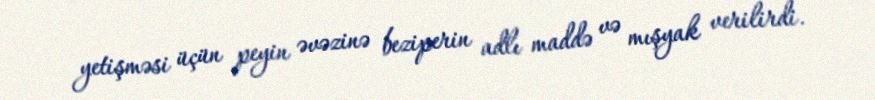
yetişməsi üçün peyin əvəzinə beziperin adlı maddə və mışyak verilirdi.